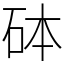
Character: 砵